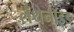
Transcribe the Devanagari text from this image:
लँथेनॉइड